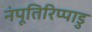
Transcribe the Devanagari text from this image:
नंपूतिरिप्पाडु